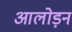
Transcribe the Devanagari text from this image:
आलोड़न